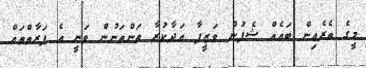
މީގެ ތެރެއިން ބައެއް ޝެފުން ވަޒީފާ އަދާކުރާ ތަންތަނުން ވަނީ އެ ފަރާތްތައް